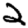
Digit: 2